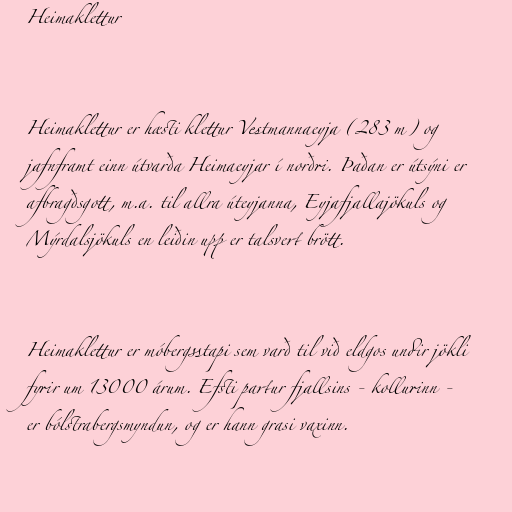
Heimaklettur

Heimaklettur er hæsti klettur Vestmannaeyja (283 m) og
jafnframt einn útvarða Heimaeyjar í norðri. Þaðan er útsýni er
afbragðsgott, m.a. til allra úteyjanna, Eyjafjallajökuls og
Mýrdalsjökuls en leiðin upp er talsvert brött.

Heimaklettur er móbergsstapi sem varð til við eldgos undir jökli
fyrir um 13000 árum. Efsti partur fjallsins - kollurinn -
er bólstrabergsmyndun, og er hann grasi vaxinn.